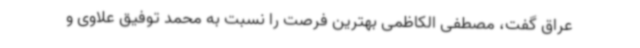
عراق گفت، مصطفی الکاظمی بهترین فرصت را نسبت به محمد توفیق علاوی و